Annual report of the Punjab Veterinary College and of the Civil Veterinary Department, Punjab - 1894-1908
Year: 1894
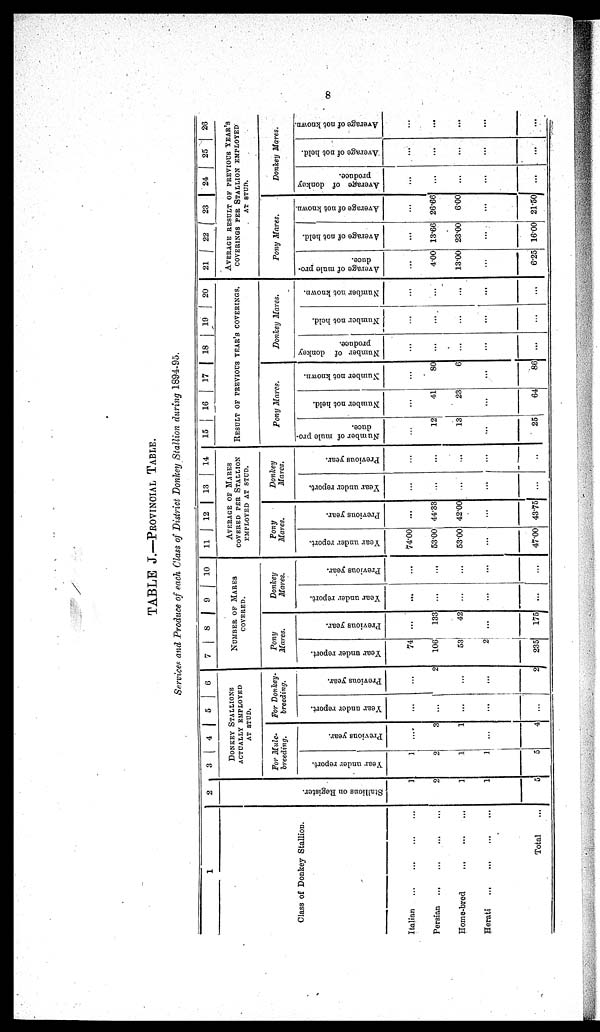
8
TABLE J.—PROVINCIAL TABLE.
Services and Produce of each Class of District Donkey Stallion during 1894-95.
1
Class of Donkey Stallion.
Italian
...
...
...
...
Persian
...
...
...
...
Home-bred
...
...
...
Herati
...
...
...
...
Total ...
2
Stallions on Register.
1
2
1
1
5
3 4 5 6
DONKEY STALLIONS
ACTUALLY EMPLOYED
AT STUD.
For Mule-
breeding.
Year under report.
1
2
1
1
5
Previous year.
...
3
1
...
4
For Donkey-
breeding.
Year under report.
...
...
...
...
...
Previous year.
...
2
...
...
2
7 8 9 10
NUMBER OF MARES
COVERED.
Pony
Mares.
Year under report.
74
106
53
2
235
Previous year.
...
133
42
...
175
Donkey
Mares.
Year under report.
...
...
...
...
...
Previous year.
...
...
...
...
...
11
12 13 14
AVERAGE OF MARES
COVERED PER STALLION
EMPLOYED AT STUD.
Pony
Mares.
Year under report.
74.00
53.00
53.00
...
47.00
Previous year.
...
44.33
42.00
...
43.75
Donkey
Mares.
Year under report.
...
...
...
...
...
Previous year.
...
...
...
...
...
15
16
17 | 18
19
20
RESULT OF PREVIOUS YEAR'S COVERINGS.
Pony Mares.
Number of mule pro-
duce.
...
12
13
...
25
Number not held.
...
41
23
...
64
Number not known.
...
80
6
...
86
Donkey Mares.
Number of donkey
produce.
...
...
...
...
...
Number not held.
...
...
...
...
...
Number not known.
...
...
...
...
...
21
22
23 24
25
26
AVERAGE RESULT OF PREVIOUS YEAR'S
COVERINGS PER STALLION EMPLOYED
AT STUD.
Pony Mares.
Average of mule pro-
duce.
...
4.00
13.00
...
6.25
Average of not held.
...
13.66
23.00
...
16.00
Average of not known.
...
26.66
6.00
...
21.50
Donkey Mares.
Average of donkey
produce.
...
...
...
...
...
Average of not held.
...
...
...
...
...
Average of not known.
...
...
...
...
...